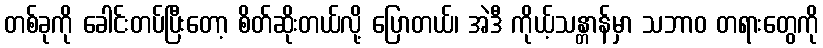
တစ်ခုကို ခေါင်းတပ်ပြီးတော့ စိတ်ဆိုးတယ်လို့ ပြောတယ်၊ အဲဒီ ကိုယ့်သန္တာန်မှာ သဘာဝ တရားတွေကို